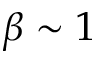
\beta \sim 1